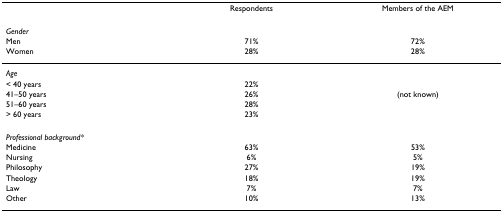
<table><thead><tr><td></td><td><b>Respondents</b></td><td><b>Members of the AEM</b></td></tr></thead><tbody><tr><td><i>Gender</i></td><td></td><td></td></tr><tr><td>Men</td><td>71%</td><td>72%</td></tr><tr><td>Women</td><td>28%</td><td>28%</td></tr><tr><td><i>Age</i></td><td></td><td></td></tr><tr><td>&lt; 40 years</td><td>22%</td><td></td></tr><tr><td>41–50 years</td><td>26%</td><td>(not known)</td></tr><tr><td>51–60 years</td><td>28%</td><td></td></tr><tr><td>&gt; 60 years</td><td>23%</td><td></td></tr><tr><td><i>Professional background*</i></td><td></td><td></td></tr><tr><td>Medicine</td><td>63%</td><td>53%</td></tr><tr><td>Nursing</td><td>6%</td><td>5%</td></tr><tr><td>Philosophy</td><td>27%</td><td>19%</td></tr><tr><td>Theology</td><td>18%</td><td>19%</td></tr><tr><td>Law</td><td>7%</td><td>7%</td></tr><tr><td>Other</td><td>10%</td><td>13%</td></tr></tbody></table>